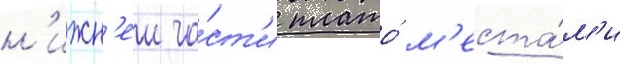
н'ижн'еи ча́ст'и плато́ м'еста́м'и